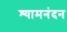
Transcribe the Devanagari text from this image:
श्यामनंदन